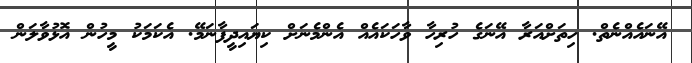
އޭނައެއްނެތް. ހިތަށްއަރާ އޭނަގެ ހުރިހާ ވާހަކައެއް އެންމެނަށް ކިޔައިދީފާނަމޭ. އެކަމަކު މީހުން އޮޅުވާލަން